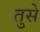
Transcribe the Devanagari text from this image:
तुसे